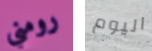
رومني اليوم